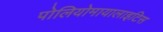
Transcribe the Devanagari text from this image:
पोलियोमायालाइटिस